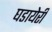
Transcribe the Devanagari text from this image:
घडायेरी